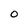
Character: 0